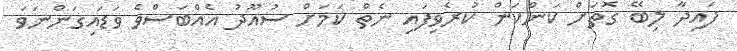
ފައިދާ ލިބޭ ގޮތަށް ކަންކަން ކުރެވިފައި ނެތް ކަމަށް ސުއޫދު އެއްބަސްވެ ވަޑައިގަންނަވަ